Annual report of the Imperial Bacteriologist
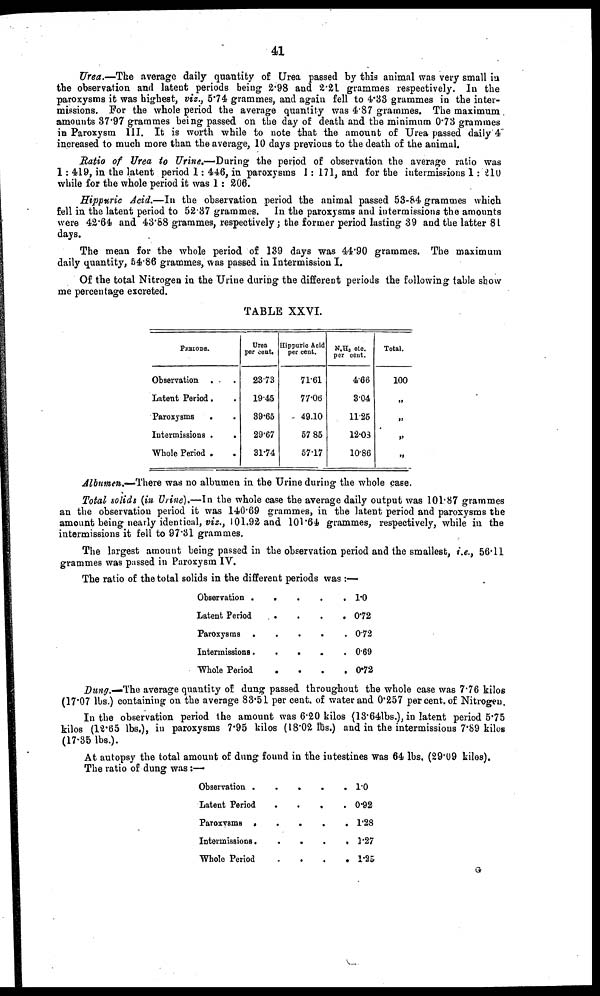
41
Urea.—The average daily quantity of Urea passed by this animal was very small in
the observation and latent periods being 2.98 and 2.21 grammes respectively. In the
paroxysms it was highest, viz., 5.74 grammes, and again fell to 4.33 grammes in the inter-
missions. For the whole period the average quantity was 4.87 grammes. The maximum
amounts 37.97 grammes being passed on the day of death and the minimum 0.73 grammes
in Paroxysm III. It is worth while to note that the amount of Urea passed daily 4
increased to much more than the average, 10 days previous to the death of the animal.
Ratio of Urea to Urine.— During the period of observation the average ratio was
1: 419, in the latent period 1: 446, in paroxysms 1: 171, and for the intermissions 1: 210
while for the whole period it was 1: 206.
Hippuric Acid.—In the observation period the animal passed 53-84 grammes which
fell in the latent period to 52.37 grammes. In the paroxysms and intermissions the amounts
were 42.64 and 43.88 grammes, respectively; the former period lasting 39 and the latter 81
days.
The mean for the whole period of 139 days was 44.90 grammes. The maximum
daily quantity, 54.86 grammes, was passed in Intermission I.
Of the total Nitrogen in the Urine during the different periods the following table show
me percentage excreted.
TABLE XXVI.
PERIODS.
Observation . .
Latent Period. .
Paroxysms
.
.
Intermissions .
.
Whole Period . .
Urea
per cent.
23.73
19.45
39.65
29.67
31.74
Hippuric Acid
per cent.
71.61
77.06
49.10
57.85
57.17
N.H 3 etc.
per cent.
4.66
3.04
11.25
12.03
10.86
Total.
100
„
„
„
„
Albumen.—There was no albumen in the Urine during the whole case.
Total solids (in Urine).—In the whole case the average daily output was 101.87 grammes
an the observation period it was 140.69 grammes, in the latent period and paroxysms the
amount being nearly identical, viz., 101.92 and 101.64 grammes, respectively, while in the
intermissions it fell to 97.31 grammes.
The largest amount being passed in the observation period and the smallest, i.e., 56.11
grammes was passed in Paroxysm IV.
The ratio of the total solids in the different periods was :—
Observation .
Latent Period
Paroxysms .
Intermissions .
Whole Period
.
.
.
.
.
.
.
.
.
.
.
.
.
.
.
.
.
.
.
.
1.0
0.72
0.72
0.69
0.72
Dung.—The average quantity of dung passed throughout the whole case was 7.76 kilos
(17.07 lbs.) containing on the average 83.51 per cent. of water and 0.257 per cent. of Nitrogen.
In the observation period the amount was 6.20 kilos (13.64lbs.), in latent period 5.75
kilos (12.65 lbs.), in paroxysms 7.95 kilos (18.02 lbs.) and in the intermissions 7.89 kilos
(17.35 lbs.).
At autopsy the total amount of dung found in the intestines was 64 lbs, (29.09 kilos).
The ratio of dung was:—
Observation .
Latent Period.
Paroxysms .
Intermissions.
Whole Period.
.
.
.
.
.
.
.
.
.
.
.
.
.
.
.
. 1.0
. 0.92
. 1.28
. 1.27
. 1.25
G